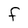
Character: F